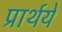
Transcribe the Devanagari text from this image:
प्रार्थये